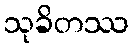
သုခိတဿ